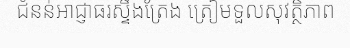
ជំនន់អាជ្ញាធរស្ទឹងត្រែង ត្រៀមទួលសុវត្ថិភាព